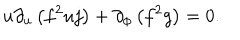
u \partial _ { u } \left( f ^ { 2 } u j \right) + \partial _ { \phi } \left( f ^ { 2 } g \right) = 0 .